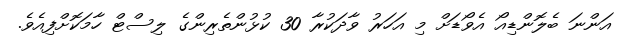
އަންނަ ބެލޮންޑިއޯ އެވޯޑަށް މި އަހަރު ވާދަކުރާ 30 ކުޅުންތެރިންގެ ލިސްޓް ހާމަކޮށްފިއެވެ.